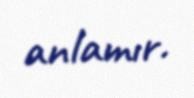
anlamır.